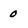
Character: 0